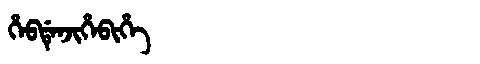
Manchu: ᡥᡝᠪᡩᡝᠨᠵᡳᡥᡝᠪᡳᡥᡝ
Romanization: HEBDENJIHEBIHE